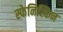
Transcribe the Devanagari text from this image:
स्फेनिस्किन